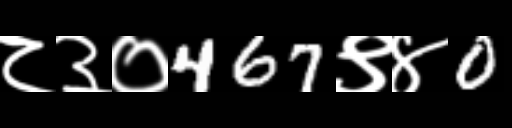
Text: ८३०467९४0